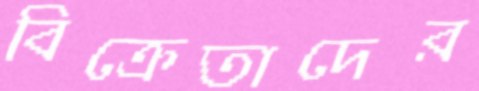
বিক্রেতাদের